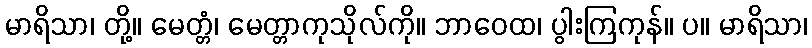
မာရိသာ၊ တို့။ မေတ္တံ၊ မေတ္တာကုသိုလ်ကို။ ဘာဝေထ၊ ပွါးကြကုန်။ ပ။ မာရိသာ၊